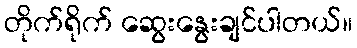
တိုက်ရိုက် ဆွေးနွေးချင်ပါတယ်။